Problem: 4 × 3 = ?
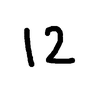
Handwritten answer: 12